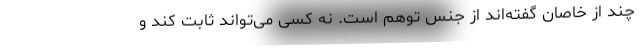
چند از خاصان گفته‌اند از جنس توهم است. نه کسی می‌تواند ثابت کند و